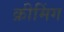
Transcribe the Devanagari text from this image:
क्रीमिंग